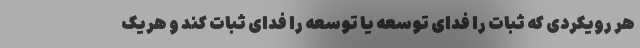
هر رویکردی که ثبات را فدای توسعه یا توسعه را فدای ثبات کند و هریک